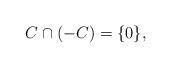
LaTeX: \begin{align*}C \cap (-C) = \{ 0 \},\end{align*}